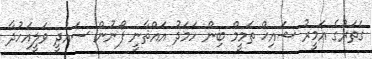
ގަތަރުގެ އަމީރު ޝައިޚް ތަމީމް ބިން ހަމަދު އައްޘާނީ ފޯނުން ސައުދީ ވަލީއަހުދާ